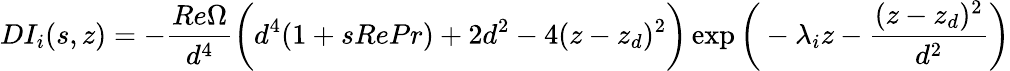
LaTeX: DI_{i}(s,z)=-\frac{Re\Omega}{d^{4}}\bigg(d^{4}(1+sRePr)+2d^{2}-4(z-z_{d})^{2}\bigg)\exp\bigg(-\lambda_{i}z-\frac{(z-z_{d})^{2}}{d^{2}}\bigg)